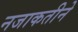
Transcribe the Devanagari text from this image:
नजाकतीने